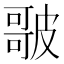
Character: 𭊣